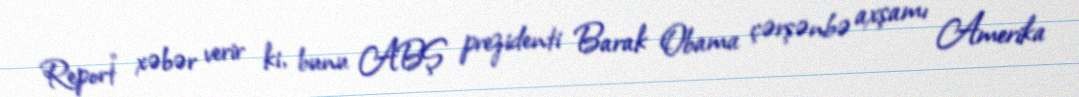
Report" xəbər verir ki, bunu ABŞ prezidenti Barak Obama çərşənbə axşamı Amerika